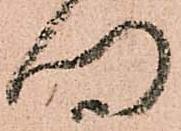
門